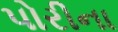
પોરીના